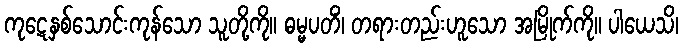
ကုဋေနှစ်သောင်းကုန်သော သူတို့ကို။ ဓမ္မပတိံ၊ တရားတည်းဟူသော အမြိုက်ကို။ ပါယေသိ၊